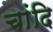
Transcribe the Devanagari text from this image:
चांदि